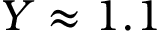
Y \approx 1 . 1